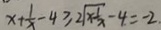
x + \frac { 1 } { x } - 4 \geqslant 2 \sqrt { x - \frac { 1 } { x } } - 4 = - 2 .